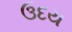
ઉદય